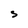
Character: S